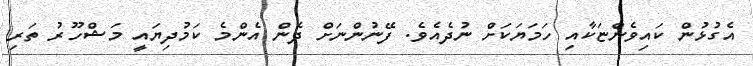
އެގުޅުން ކައިވެންޏަކާއި ހަމަޔަކަށް ނުދެއެވެ. ފޭނުންނަށް ދެން އެންމެ ކަމުދިޔައީ މަޝްހޫރު ތަރި